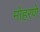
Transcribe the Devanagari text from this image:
मोहरणे